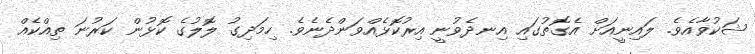
ޝަކުވާއެވެ. ލައިނީއަށް އެގޮތުގައި އިނދެވުނީ އިރުކޮޅެއްވަންދެނެވެ. ހިމަދިގު ލޮލުގެ ކޮޅުން ކަރުނަ ތިއްކެއް